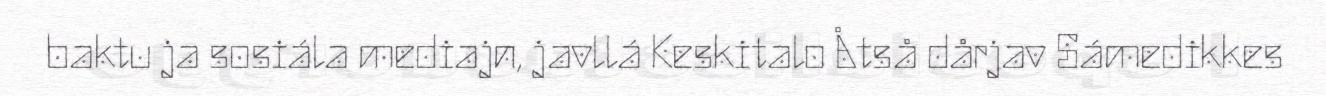
baktu ja sosiála mediajn, javllá Keskitalo Åtså dårjav Sámedikkes